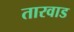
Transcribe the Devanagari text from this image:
तारवाड